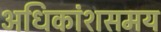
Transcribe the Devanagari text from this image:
अधिकांशसमय